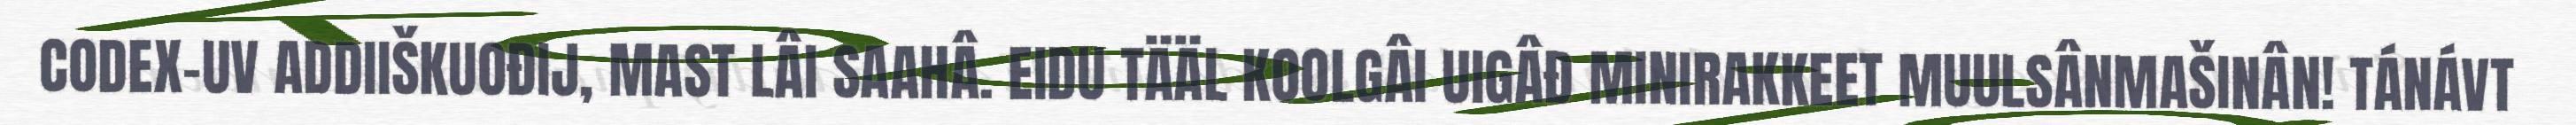
CODEX-UV ADDIIŠKUOĐIJ, MAST LÂI SAAHÂ. EIDU TÄÄL KOOLGÂI UIGÂĐ MINIRAKKEET MUULSÂNMAŠINÂN! TÁNÁVT